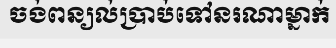
ចង់ពន្យល់ប្រាប់ទៅនរណាម្នាក់